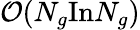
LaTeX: \mathcal{O}(N_{g}\mathrm{In}N_{g})